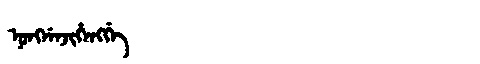
Manchu: ᠨᡠᠩᠨᡝᠨᠵᡳᡥᡝᠩᡤᡝ
Romanization: NUNGNENJIHENGGE